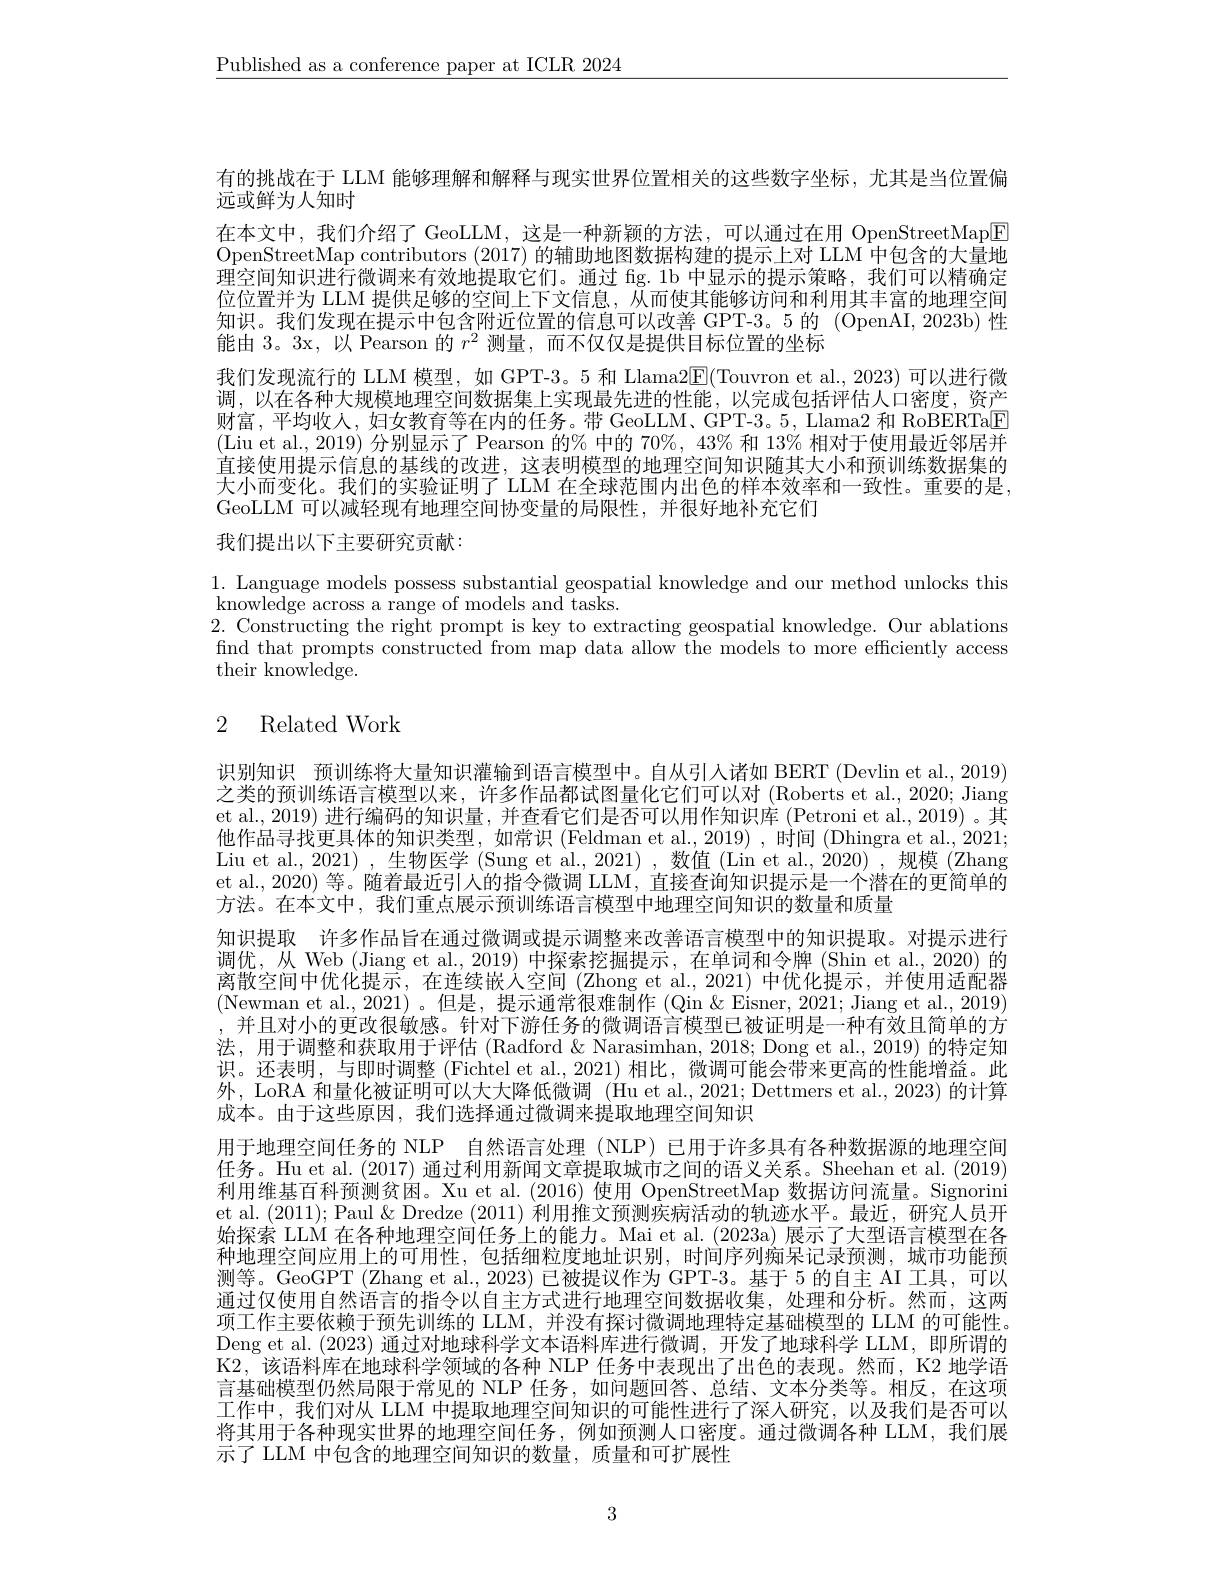
$\underline{\text{Published as a conference paper at ICLR 2024}}$

有的挑战在于 LLM 能够理解和解释与现实世界位置相关的这些数字坐标，尤其是当位置偏
远或鲜为人知时
在本文中，我们介绍了 GeoLLM,这是一种新颖的方法，可以通过在用 OpenStreetMap$\color{#c00}{\mathrm{E}}$ OpenStreetMap contributors (2017) 的辅助地图数据构建的提示上对 LLM 中包含的大量地理空间知识进行微调来有效地提取它们。通过 fig.1b 中显示的提示策略，我们可以精确定位位置并为 LLM 提供足够的空间上下文信息，从而使其能够访问和利用其丰富的地理空间知识。我们发现在提示中包含附近位置的信息可以改善 GPT-3。5 的 (OpenAI,2023b) 性能由 3。3x, 以 Pearson 的$r^2$测量，而不仅仅是提供目标位置的坐标
我们发现流行的 LLM 模型，如 GPT-3。5 和 Llama2E(Touvron et al., 2023) 可以进行微调，以在各种大规模地理空间数据集上实现最先进的性能，以完成包括评估人口密度，资产财富，平均收入，妇女教育等在内的任务。带 GeoLLM、GPT-3。5, Llama2 和 RoBERTaE (Liu et al., 2019) 分别显示了 Pearson 的% 中的$70\%,43\%$和 13% 相对于使用最近邻居并直接使用提示信息的基线的改进，这表明模型的地理空间知识随其大小和预训练数据集的大小而变化。我们的实验证明了 LLM 在全球范围内出色的样本效率和一致性。重要的是， GeoLLM 可以减轻现有地理空间协变量的局限性，并很好地补充它们

我们提出以下主要研究贡献

1. Language models possess substantial geospatial knowledge and our method unlocks this
knowledge across a range of models and tasks.
2. Constructing the right prompt is key to extracting geospatial knowledge. Our ablations find that prompts constructed from map data allow the models to more efficiently access their knowledge.

# 2 Related Work

识别知识 预训练将大量知识灌输到语言模型中。自从引人诸如 BERT (Devlin et al., 2019) 之类的预训练语言模型以来，许多作品都试图量化它们可以对(Roberts et al., 2020; Jiang et al., 2019) 进行编码的知识量，并查看它们是否可以用作知识库(Petroni et al., 2019)。其他作品寻找更具体的知识类型，如常识(Feldman et al.,2019),时间 (Dhingra et al., 2021; Liu et al., 2021) , 生物医学 (Sung et al., 2021) , 数值 (Lin et al., 2020) , 规模 (Zhang et al., 2020) 等。随着最近引人的指令微调 LLM, 直接查询知识提示是一个潜在的更简单的方法。在本文中，我们重点展示预训练语言模型中地理空间知识的数量和质量
知识提取 许多作品旨在通过微调或提示调整来改善语言模型中的知识提取。对提示进行调优，从 Web (Jiang et al., 2019) 中探索挖掘提示，在单词和令牌 (Shin et al., 2020) 的离散空间中优化提示，在连续嵌入空间(Zhong et al.,2021)中优化提示，并使用适配器(Newman et al.,2021)。但是，提示通常很难制作 (Qin &Eisner, 2021; Jiang et al., 2019) ,并且对小的更改很敏感。针对下游任务的微调语言模型已被证明是一种有效且简单的方法，用于调整和获取用于评估 (Radford & Narasimhan, 2018; Dong et al., 2019) 的特定知识。还表明，与即时调整 (Fichtel et al.,2021)相比，微调可能会带来更高的性能增益。此外，LoRA 和量化被证明可以大大降低微调 (Hu et al.,2021; Dettmers et al., 2023) 的计算成本。由于这些原因，我们选择通过微调来提取地理空间知识
用于地理空间任务的 NLP 自然语言处理 (NLP) 已用于许多具有各种数据源的地理空间任务。Hu et al. (2017) 通过利用新闻文章提取城市之间的语义关系。Sheehan et al. (2019) 利用维基百科预测贫困。Xu et al.(2016) 使用 OpenStreetMap 数据访问流量。Sigmorini et al. (2011); Paul & Dredze (2011)利用推文预测疾病活动的轨迹水平。最近，研究人员开始探索 LLM 在各种地理空间任务上的能力。Mai et al. (2023a) 展示了大型语言模型在各种地理空间应用上的可用性，包括细粒度地址识别，时间序列痴呆记录预测，城市功能预测等。GeoGPT (Zhang et al., 2023) 已被提议作为 GPT-3。基于 5 的自主 AI 工具，可以通过仅使用自然语言的指令以自主方式进行地理空间数据收集，处理和分析。然而，这两项工作主要依赖于预先训练的 LLM, 并没有探讨微调地理特定基础模型的 LLM 的可能性。Deng et al. (2023) 通过对地球科学文本语料库进行微调，开发了地球科学 LLM, 即所谓的K2,该语料库在地球科学领域的各种 NLP 任务中表现出了出色的表现。然而，K2 地学语言基础模型仍然局限于常见的 NLP 任务，如问题回答、总结、文本分类等。相反，在这项工作中，我们对从 LLM 中提取地理空间知识的可能性进行了深人研究，以及我们是否可以将其用于各种现实世界的地理空间任务，例如预测人口密度。通过微调各种 LLM,我们展示了 LLM 中包含的地理空间知识的数量，质量和可扩展性

3